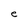
Character: e